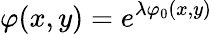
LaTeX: \varphi(x,y)=e^{\lambda\varphi_{0}(x,y)}